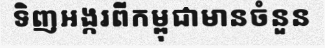
ទិញអង្ករពីកម្ពុជាមានចំនួន